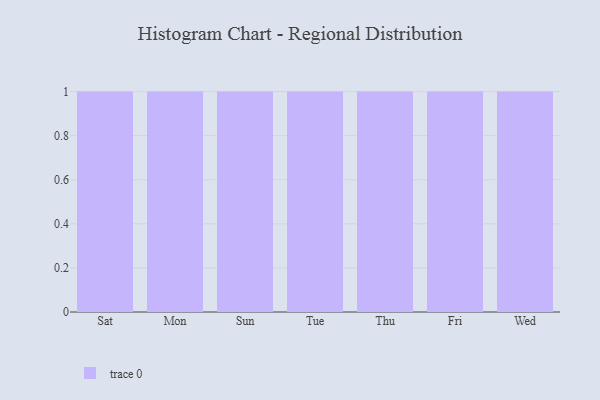
{"axis": {"x": "Day", "y": "Customer Acquisition Cost (USD)"}, "legend": [""], "data": [{"x": "Sat", "y": 39, "type": ""}, {"x": "Mon", "y": 25, "type": ""}, {"x": "Sun", "y": 15, "type": ""}, {"x": "Tue", "y": 23, "type": ""}, {"x": "Thu", "y": 91, "type": ""}, {"x": "Fri", "y": 86, "type": ""}, {"x": "Wed", "y": 58, "type": ""}]}